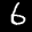
Label: 6